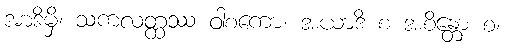
အာဒိမှိ၊ သကလတ္ထဿ ဝါစကော၊ အယာဒိ စ အစိန္တော စ၊